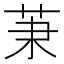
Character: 𦮵